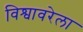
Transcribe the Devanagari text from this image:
विश्वावरेला